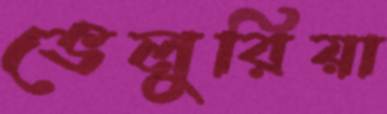
ভেলুরিয়া